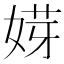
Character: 𡝿